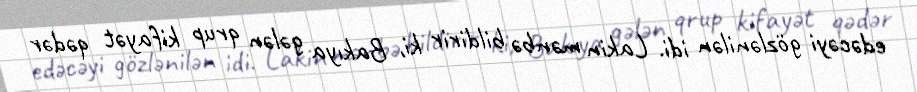
edəcəyi gözlənilən idi. Lakin mənbə bildirir ki, Bakıya gələn qrup kifayət qədər